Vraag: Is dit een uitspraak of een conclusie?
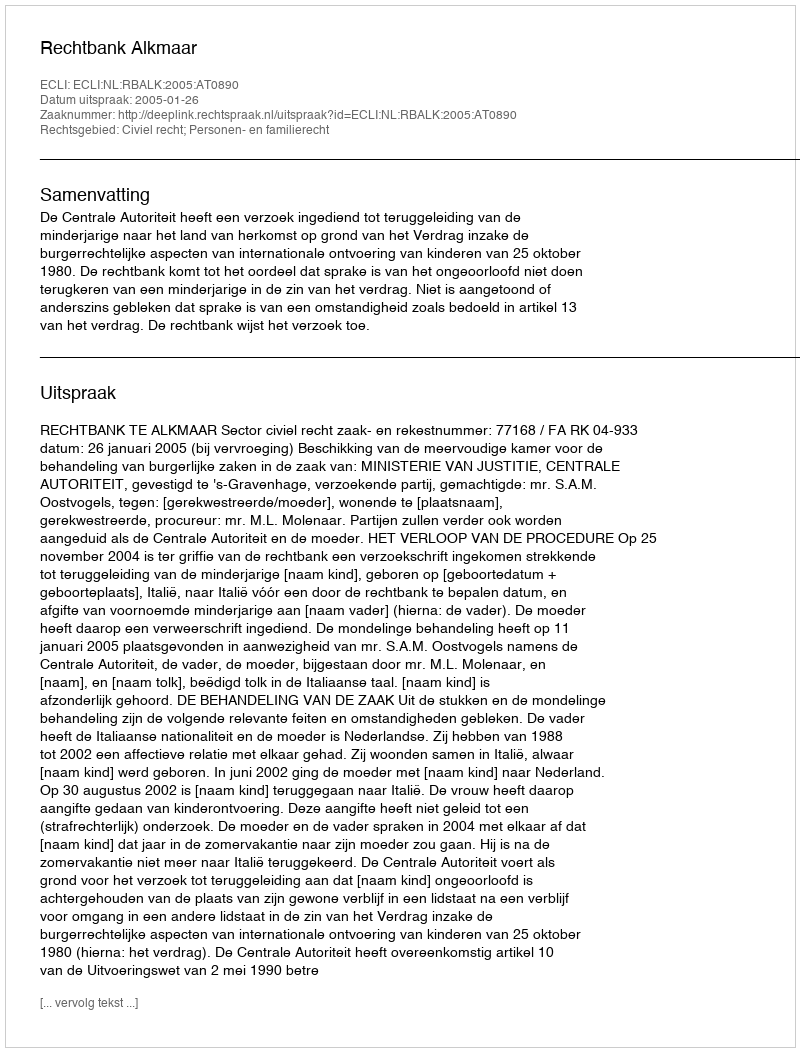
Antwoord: Uitspraak